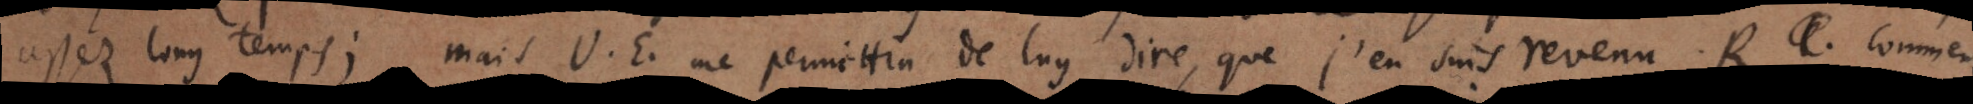
assez long temps; mais V. E. me permettra de luy dire, que j’en suis revenu. experien